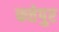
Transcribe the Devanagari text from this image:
फत्तेपुर